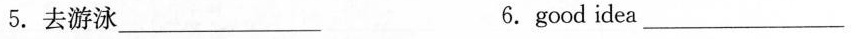
5.去游泳___6.good idea___